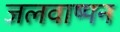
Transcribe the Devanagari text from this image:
जलवाष्पन